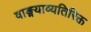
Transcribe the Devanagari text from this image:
वाङ्मयाव्यतिरिक्त